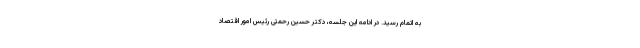
به اتمام رسید. در ادامه این جلسه، دکتر حسین رحمتی رئیس امور اقتصاد